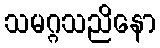
သမဂ္ဂသညိနော